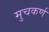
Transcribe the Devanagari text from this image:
मुचकर्ण